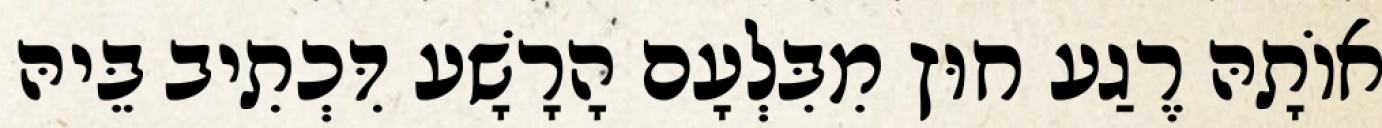
אוֹתָהּ רֶגַע חוּץ מִבִּלְעָם הָרָשָׁע דִּכְתִיב בֵּיהּ